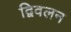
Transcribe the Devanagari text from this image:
द्विवलन